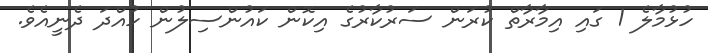
ހުޅުމާލެ 1 ގައި އިމާރާތް ކުރަން ސަރުކާރުގެ އިކޮން ކައުންސިލުން ހުއްދަ ދެނީއެވެ.